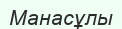
Манасұлы